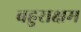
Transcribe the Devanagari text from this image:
बहुसक्षम